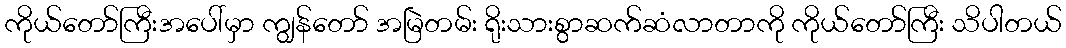
ကိုယ်တော်ကြီးအပေါ်မှာ ကျွန်တော် အမြဲတမ်း ရိုးသားစွာဆက်ဆံလာတာကို ကိုယ်တော်ကြီး သိပါတယ်